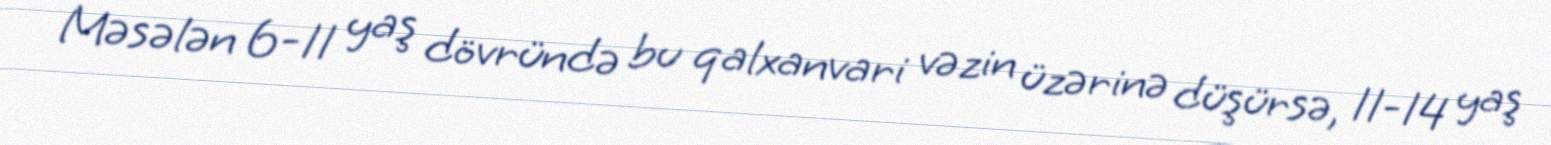
Məsələn 6-11 yaş dövründə bu qalxanvari vəzin üzərinə düşürsə, 11-14 yaş